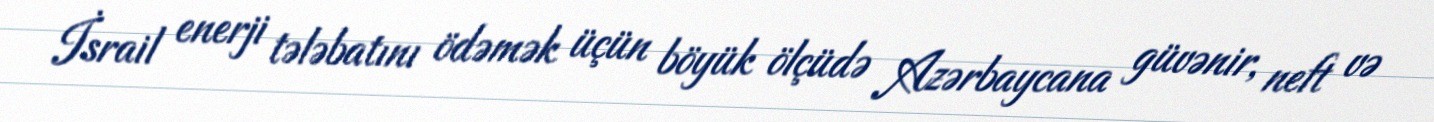
İsrail enerji tələbatını ödəmək üçün böyük ölçüdə Azərbaycana güvənir, neft və